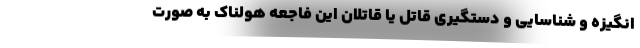
انگیزه و شناسایی و دستگیری قاتل یا قاتلان این فاجعه هولناک به صورت